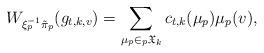
LaTeX: \begin{align*}W_{\xi^{-1}_p\tilde{\pi}_p}(g_{t,k,v}) = \sum_{\mu_p\in{}_p\mathfrak{X}_k}c_{t,k}(\mu_p)\mu_p(v), \end{align*}